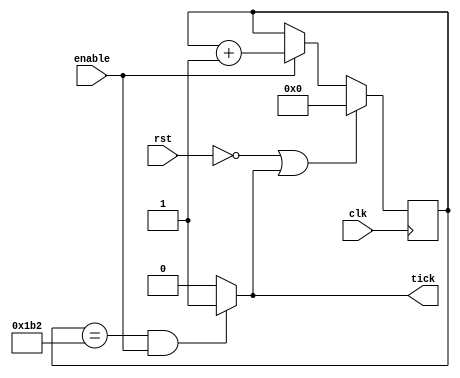
module BaudTickGen 
    #(  parameter ClkFrequency = 50000000,
        parameter Baud = 115200,
        parameter Oversampling = 1)
    (clk, rst, enable, tick);
    input clk, rst, enable;
    output reg tick;
    parameter counter_max = ClkFrequency/(Baud * Oversampling);
    reg [$clog2(counter_max)-1:0] count;
    always @(posedge clk) begin
        if (~rst || tick)
            count = 0;
        else if(enable)
            count = count + 1;
    end
    always @(count) begin
	tick = 0;

	if(count == counter_max && enable) begin
            tick = 1;
        end
    end

endmodule